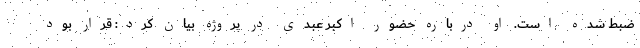
ضبط شده است. او درباره حضور اکبر عبدی در پروژه بیان کرد: قرار بود